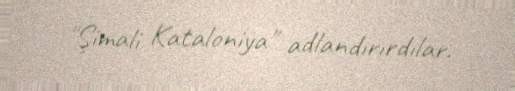
"Şimali Kataloniya" adlandırırdılar.